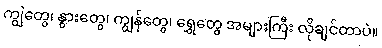
ကျွဲတွေ၊ နွားတွေ၊ ကျွန်တွေ၊ ရွှေတွေ အများကြီး လိုချင်တာပဲ။